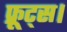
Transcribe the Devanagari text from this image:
फ्रूट्स।